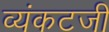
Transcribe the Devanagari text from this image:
व्यंकटजी